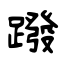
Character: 蹳